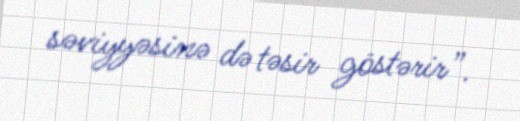
səviyyəsinə də təsir göstərir”.